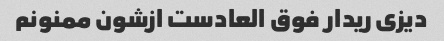
دیزی ریدار فوق العادست ازشون ممنونم